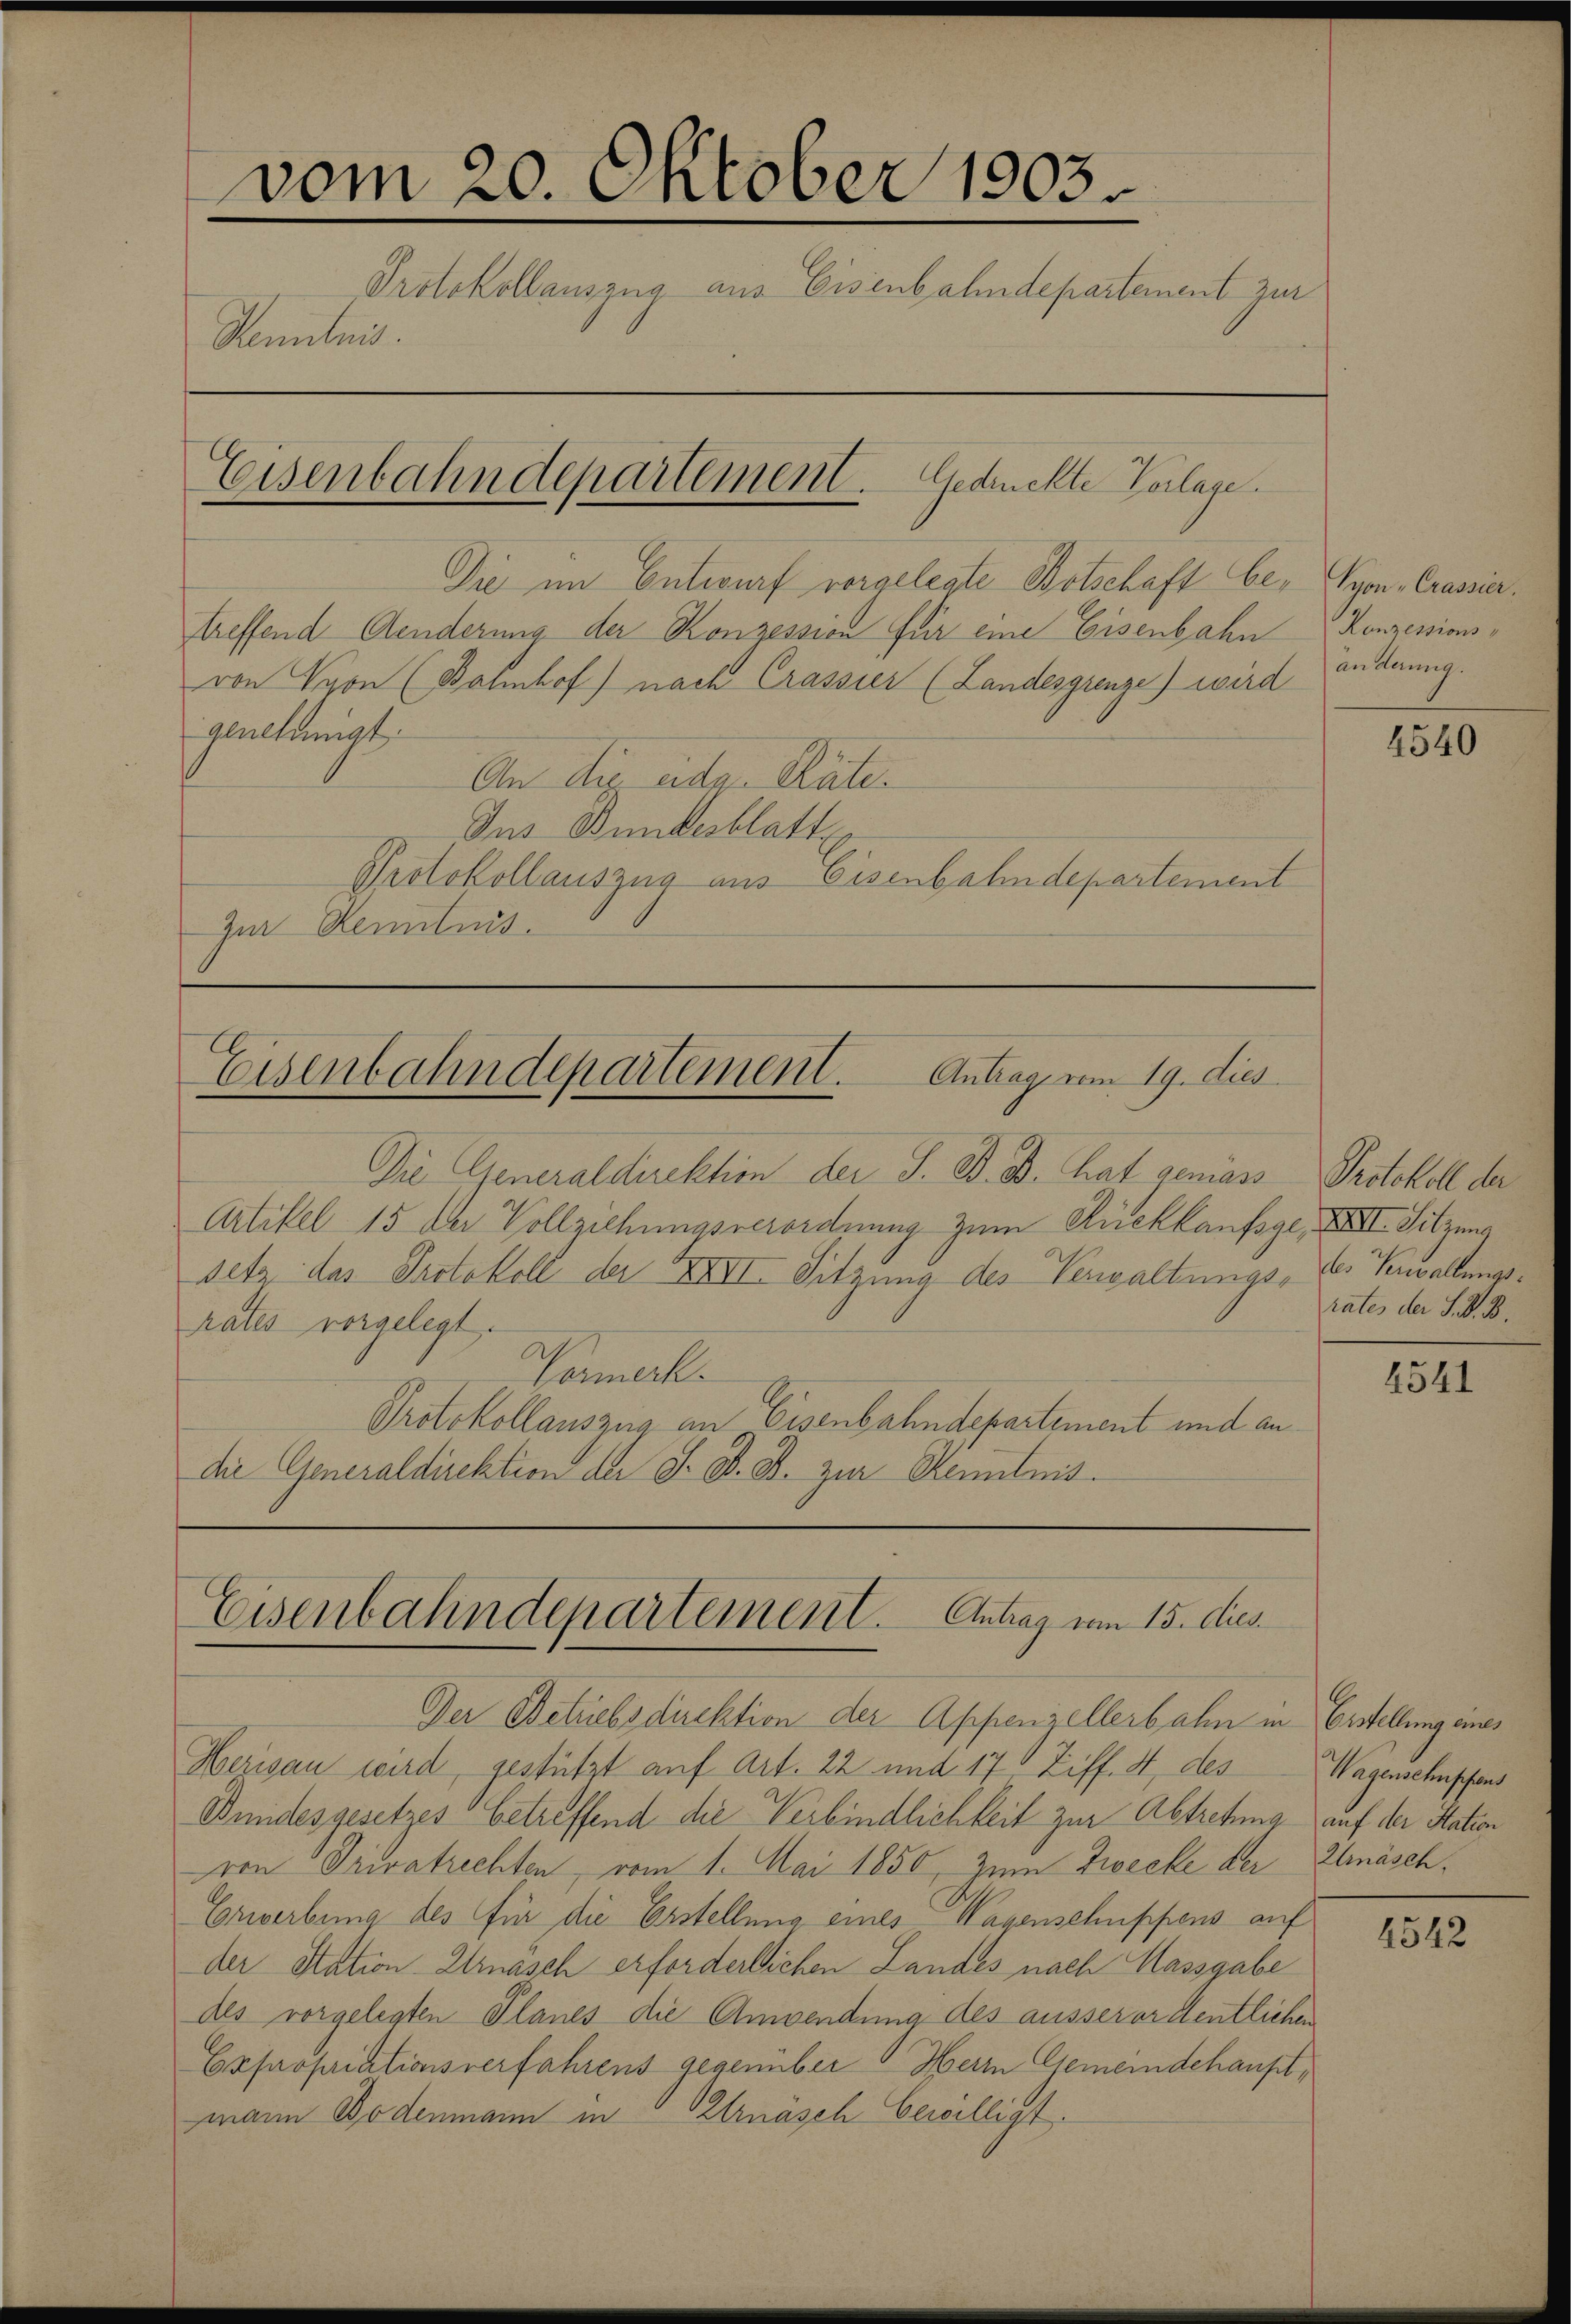
vom 20. Oktober 1903.
Protokollauszua aus Eisenbahndepartement zur
Kenntnis.

Eisenbahndepartement. Gedruckte Vorlage.

Die im Entwurf vorgelegte Botschaft be- yon-Crassiertreffend Aenderung der Konzession für eine Eisenbahn
von Nyon (Bahnhof) nach Crassier (Landesgrenze) wird
genehmigt.
An der eidg. Plate.
Ins Bundesblatt
Protokollauszug aus Eisenbahndepartement
Zur Kenntnis.

Die Generaldirektion der J. B. B. hat genias Protokoll der

Eisenbahndepartement. Antrage vom 19. dies

Artikel 15 der Vollziehungsverordnung zum Rückkaufsge, XXII. Sitzung
setz das Protokoll der XXVII. Sitzung des Verwaltungsrates vorgelegt.
Vermerk
Protokollauszug an Eisenbahndepartement und an
die Generaldirektion der J. B. B. zur Kenntnis.

Eisenbahndepartement. Antrag vom 15. Aus

Der Betriebsdirektion der Appenzellerbahn in Erstellung eines
Herisau wird, gestützt auf Art. 22 und 17 Ziff. 4, des
Bundesgesetzes betreffend die Verbindlichkeit zur Abtretung auf der Station
von Privatrechten, vom 1. Mai 1850, zum Zwecke der
Erwerbung des für die Erstellung eines Hagenschuppens auf
der Station Urnasch erforderlichen Landes nach Massgabe
des vorgelegten Planes die Anwendung des ausserordentlichen
Expropriationsverfahrens gegenüber Herrn Gemeindehaupt,
mann Bodenmann in Ernasch bewilligt.

Konzessions-
anderung.

4540

des Verwaltungsrates der S. V. B.

4541

Wagensehupfens
Urnäsch.

4542